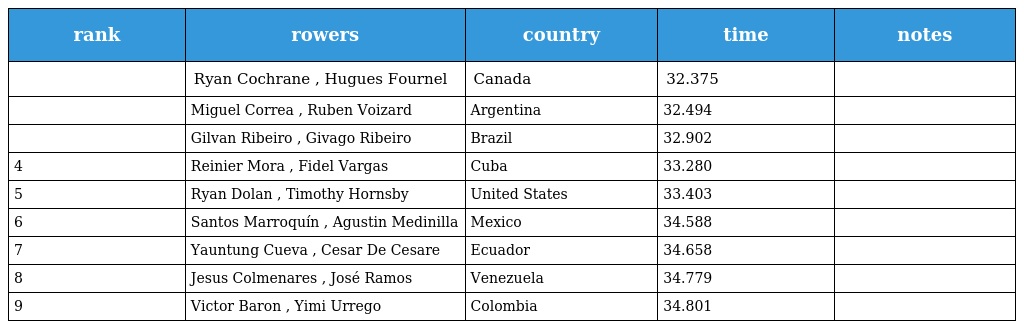
| rank | rowers | country | time | notes |
 | --- | --- | --- | --- | --- |
 |  | Ryan Cochrane , Hugues Fournel | Canada | 32.375 |  |
 |  | Miguel Correa , Ruben Voizard | Argentina | 32.494 |  |
 |  | Gilvan Ribeiro , Givago Ribeiro | Brazil | 32.902 |  |
 | 4 | Reinier Mora , Fidel Vargas | Cuba | 33.280 |  |
 | 5 | Ryan Dolan , Timothy Hornsby | United States | 33.403 |  |
 | 6 | Santos Marroquín , Agustin Medinilla | Mexico | 34.588 |  |
 | 7 | Yauntung Cueva , Cesar De Cesare | Ecuador | 34.658 |  |
 | 8 | Jesus Colmenares , José Ramos | Venezuela | 34.779 |  |
 | 9 | Victor Baron , Yimi Urrego | Colombia | 34.801 |  |